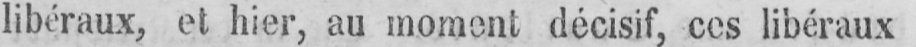
libéraux, et hier, au moment décisif, ces libéraux